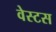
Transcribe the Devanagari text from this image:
वेस्टस